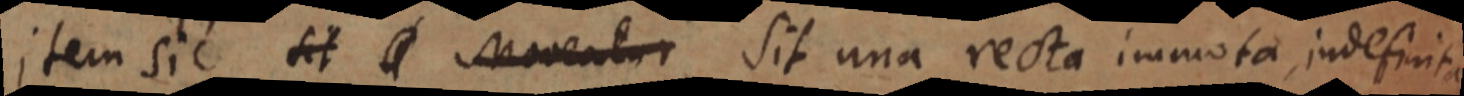
item sic sit a moventur sit una recta immota indefinita